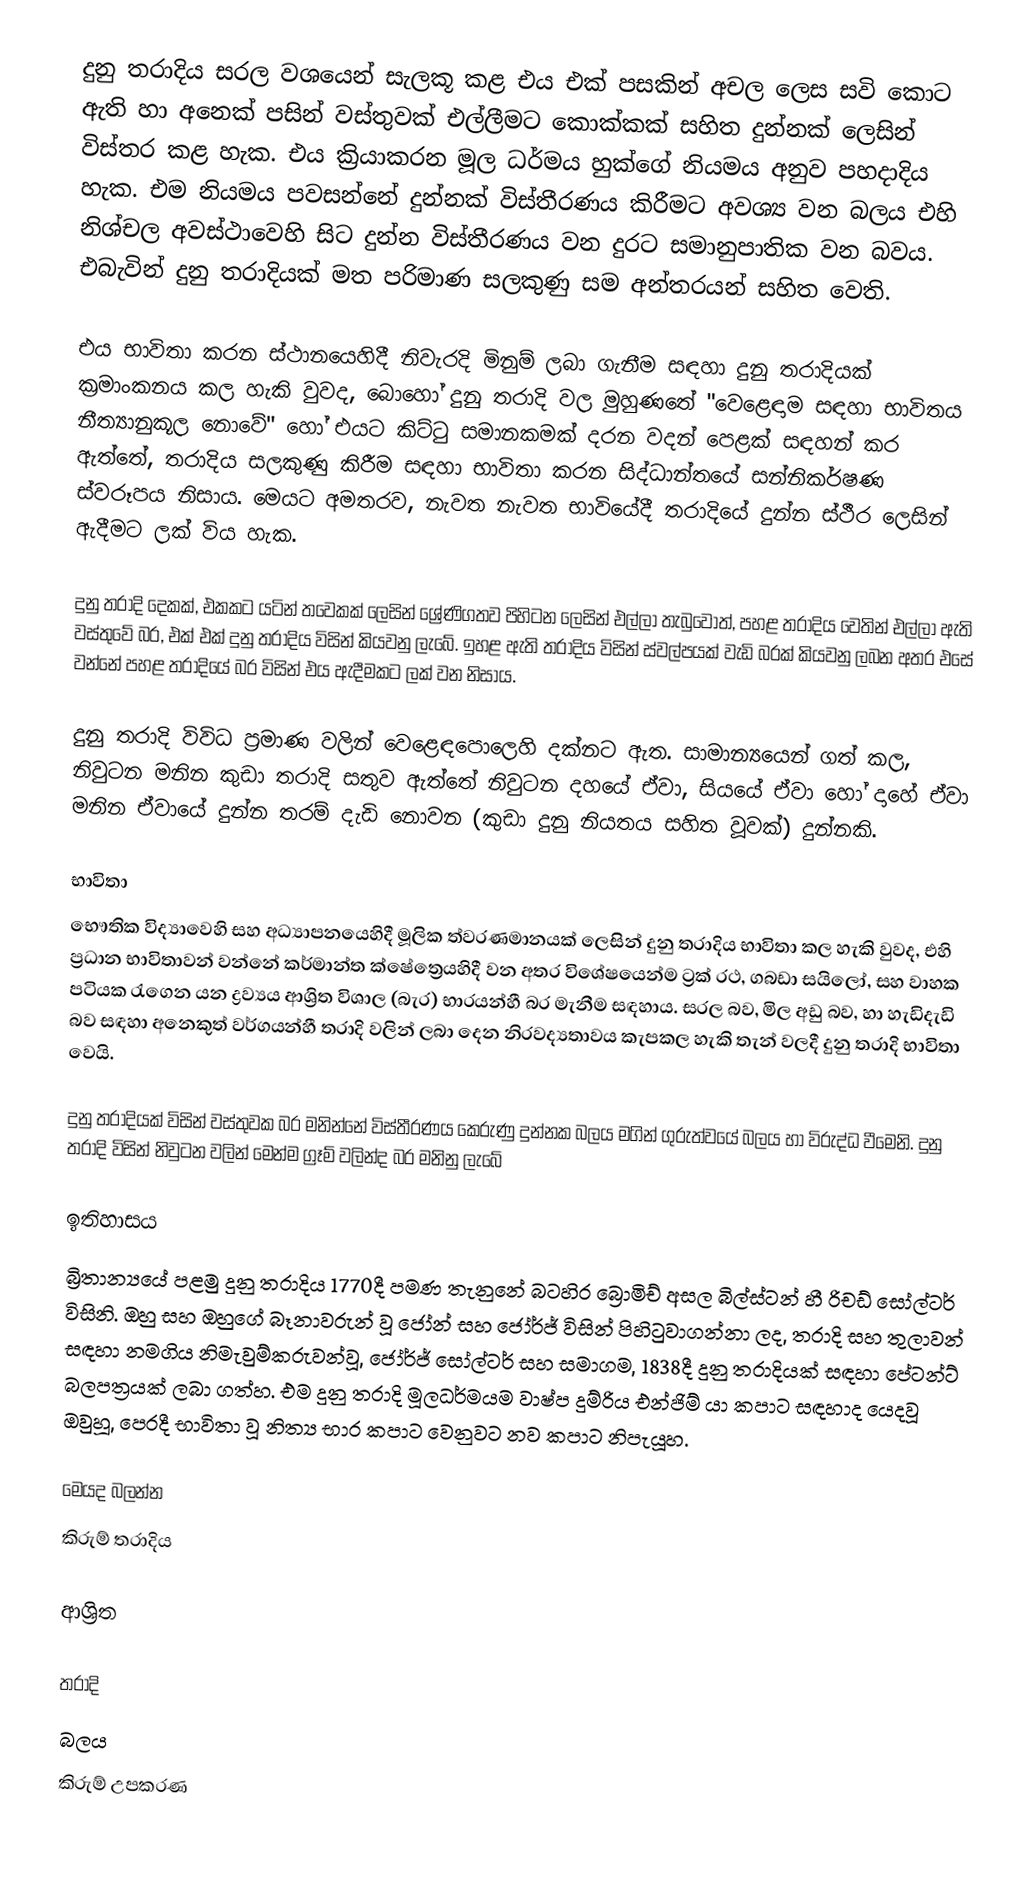
දුනු තරාදිය සරල වශයෙන් සැලකූ කළ එය එක් පසකින් අචල ලෙස සවි කොට ඇති හා අනෙක් පසින් වස්තුවක් එල්ලීමට කොක්කක් සහිත දුන්නක් ලෙසින් විස්තර කළ හැක. එය ක්‍රියාකරන මූල ධර්මය හුක්ගේ නියමය අනුව පහදාදිය හැක. එම නියමය පවසන්නේ දුන්නක් විස්තීරණය කිරීමට අවශ්‍ය වන බලය එහි නිශ්චල අවස්ථාවෙහි සිට දුන්න විස්තීරණය වන දුරට සමානුපාතික වන බවය. එබැවින් දුනු තරාදියක් මත පරිමාණ සලකුණු සම අන්තරයන් සහිත වෙති.

එය භාවිතා කරන ස්ථානයෙහිදී නිවැරදි මිනුම් ලබා ගැනීම සඳහා දුනු තරාදියක් ක්‍රමාංකනය කල හැකි වුවද, බොහෝ දුනු තරාදි වල මුහුණතේ  "වෙළෙඳාම සඳහා භාවිතය  නීත්‍යානුකූල නොවේ" හෝ එයට කිට්ටු සමානකමක් දරන වදන් පෙළක් සඳහන් කර ඇත්තේ, තරාදිය සලකුණු කිරීම සඳහා භාවිතා කරන සිද්ධාන්තයේ  සන්නිකර්ෂණ ස්වරූපය නිසාය. මෙයට අමතරව, නැවත නැවත භාවියේදී තරාදියේ දුන්න ස්ථීර ලෙසින් ඇදීමට ලක් විය හැක.

දුනු තරාදි දෙකක්, එකකට යටින් තවෙකක් ලෙසින් ශ්‍රේණිගතව පිහිටන ලෙසින් එල්ලා තැබුවොත්, පහළ තරාදිය වෙතින් එල්ලා ඇති වස්තුවේ බර, එක් එක් දුනු තරාදිය විසින් කියවනු ලැබේ. ඉහළ ඇති තරාදිය විසින් ස්වල්පයක් වැඩි බරක් කියවනු ලබන අතර එසේ වන්නේ පහළ තරාදියේ බර විසින් එය ඇදීමකට ලක් වන නිසාය.

දුනු තරාදි විවිධ ප්‍රමාණ වලින් වෙළෙඳපොලෙහි දක්නට ඇත. සාමාන්‍යයෙන් ගත් කල, නිවුටන මනින කුඩා තරාදි සතුව ඇත්තේ නිවුටන දහයේ ඒවා, සියයේ ඒවා හෝ දාහේ ඒවා මනින ඒවායේ දුන්න තරම් දැඩි නොවන (කුඩා දුනු නියතය සහිත වූවක්) දුන්නකි.

භාවිතා
භෞතික විද්‍යාවෙහි සහ අධ්‍යාපනයෙහිදී මූලික ත්වරණමානයක් ලෙසින් දුනු තරාදිය භාවිතා කල හැකි වුවද, එහි ප්‍රධාන භාවිතාවන් වන්නේ කර්මාන්ත ක්ෂේත්‍රෙයහිදී වන අතර විශේෂයෙන්ම ට්‍රක් රථ, ගබඩා සයිලෝ, සහ  වාහක පටියක රැගෙන යන ද්‍රව්‍යය ආශ්‍රිත විශාල (බැර) භාරයන්හී බර මැනීම සඳහාය. සරල බව, මිල අඩු බව, හා  හැඩිදැඩි බව සඳහා  අනෙකුත්  වර්ගයන්හී තරාදි වලින් ලබා දෙන නිරවද්‍යතාවය  කැපකල හැකි තැන් වලදී  දුනු තරාදි භාවිතා වෙයි.

දුනු තරාදියක් විසින් වස්තුවක බර මනින්නේ විස්තීරණය කෙරුණු දුන්නක බලය මගින් ගුරුත්වයේ බලය හා විරුද්ධ වීමෙනි. දුනු තරාදි විසින් නිවුටන වලින් මෙන්ම ග්‍රෑම් වලින්ද බර මනිනු ලැබේ

ඉතිහාසය
බ්‍රිතාන්‍යයේ පළමු දුනු තරාදිය 1770දී  පමණ තැනුනේ බටහිර බ්‍රොමිච් අසල බිල්ස්ටන් හී  රිචඩ් සෝල්ටර් විසිනි.  ඔහු සහ ඔහුගේ බෑනාවරුන් වූ ජෝන් සහ ජෝර්ජ් විසින් පිහිටුවාගන්නා ලද,  තරාදි සහ තුලාවන් සඳහා නමගිය නිමැවුම්කරුවන්වූ,  ජෝර්ජ් සෝල්ටර් සහ සමාගම, 1838දී දුනු තරාදියක් සඳහා පේටන්ට් බලපත්‍රයක් ලබා ගත්හ. එම දුනු තරාදි මූලධර්මයම වාෂ්ප දුම්රිය එන්ජිම් යා කපාට සඳහාද යෙදවූ ඔවුහූ, පෙරදී භාවිතා වූ  නිත්‍ය භාර කපාට වෙනුවට නව කපාට නිපැයූහ.

මෙයද බලන්න
කිරුම් තරාදිය

ආශ්‍රිත

තරාදි
බලය
කිරුම් උපකරණ